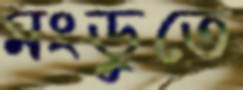
মংডুতে